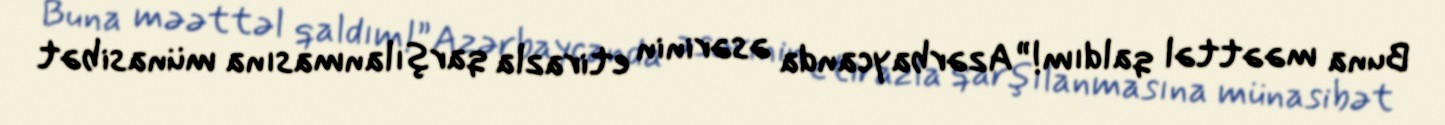
Buna məəttəl qaldım!” Azərbaycanda əsərinin etirazla qarşılanmasına münasibət